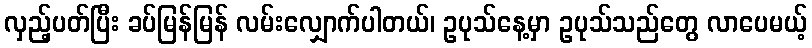
လှည့်ပတ်ပြီး ခပ်မြန်မြန် လမ်းလျှောက်ပါတယ်၊ ဥပုသ်နေ့မှာ ဥပုသ်သည်တွေ လာပေမယ့်